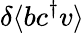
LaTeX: \delta\langle bc^{\dagger}v\rangle